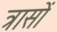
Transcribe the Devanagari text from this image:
त्रासों